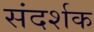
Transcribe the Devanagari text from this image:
संदर्शक